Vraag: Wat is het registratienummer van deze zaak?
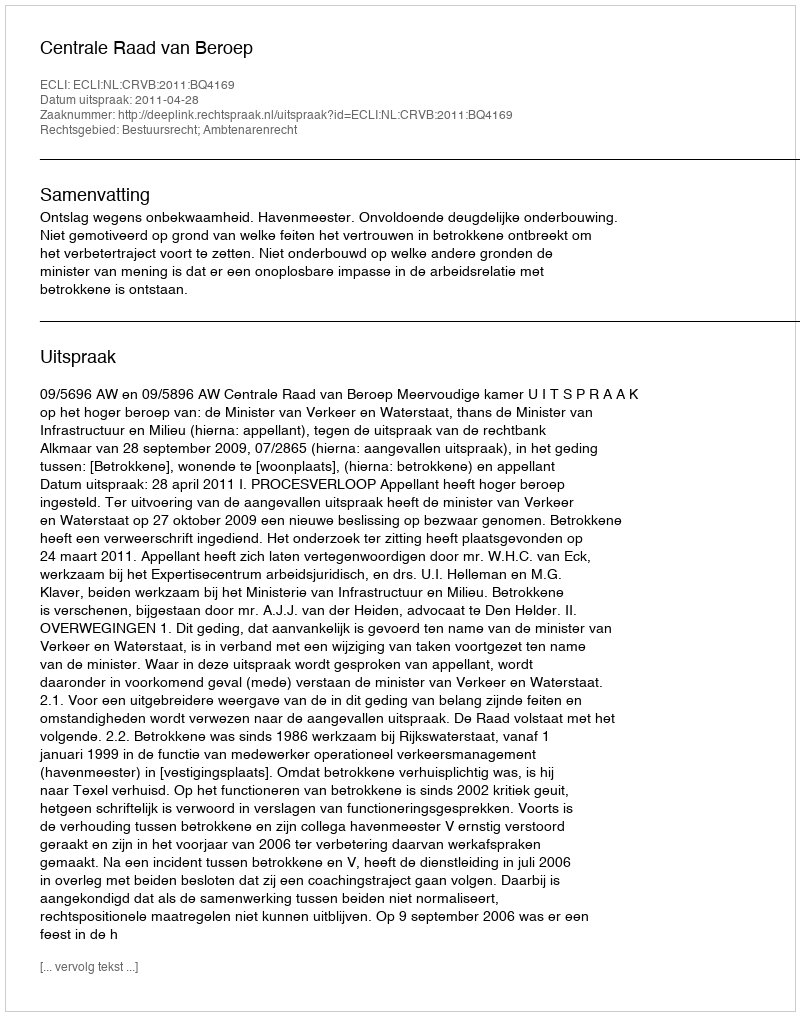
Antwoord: http://deeplink.rechtspraak.nl/uitspraak?id=ECLI:NL:CRVB:2011:BQ4169